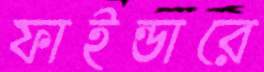
ফাইন্ডারে